Document type: Sale
Year: 1435
Scribe: Pere Soler
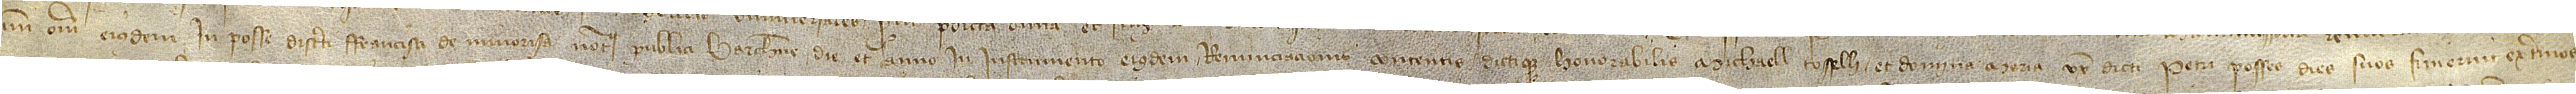
omni oneri eiusdem in posse discreti Francisci de Minorisa, notarii publici Barchinone, die et anno in instrumento eiusdem renunciacionis contentis, dictique honorabilis Michaell Rosselli et domina Maria, uxor dicti Petri Posses, dies suos finierunt extremos;